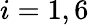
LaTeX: i=1,6